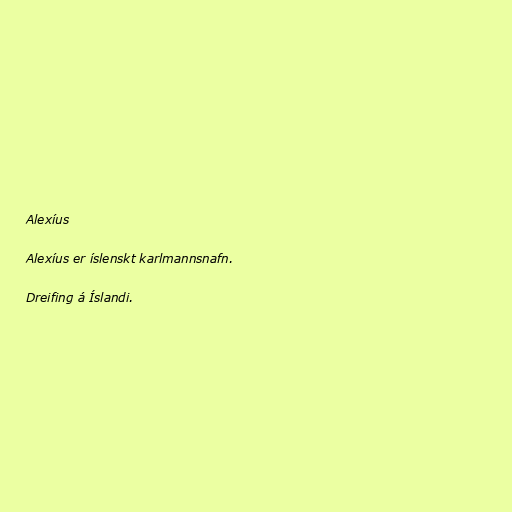
Alexíus

Alexíus er íslenskt karlmannsnafn.

Dreifing á Íslandi.